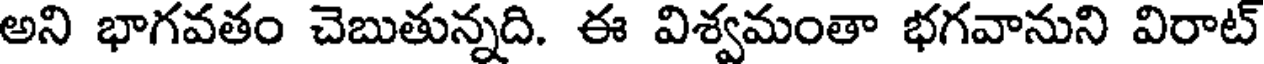
అని భాగవతం చెబుతున్నది. ఈ విశ్వమంతా భగవానుని విరాట్